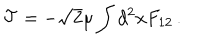
{ \cal T } = - \sqrt { 2 } \mu \int d ^ { 2 } x F _ { 1 2 } \, .